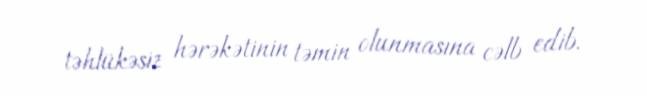
təhlükəsiz hərəkətinin təmin olunmasına cəlb edib.